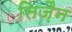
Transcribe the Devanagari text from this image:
सिज़ैन